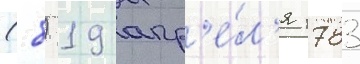
(8) 19 апр'е́л'я 1783